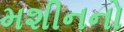
મશીનનો